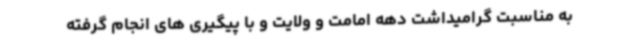
به مناسبت گرامیداشت دهه امامت و ولایت و با پیگیری های انجام گرفته